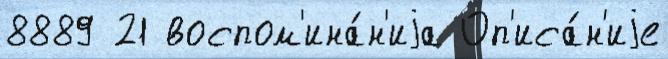
8889 21 воспом'ина́н'иjа Оп'иса́н'иjе